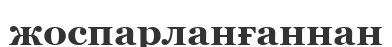
жоспарланғаннан